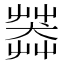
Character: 𦷶